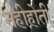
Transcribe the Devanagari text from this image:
नहीहोती